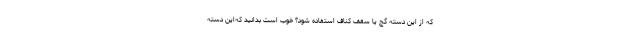
که از این دسته گچ یا سقف کناف استفاده شود؟ خوب است بدانید که‌این دسته